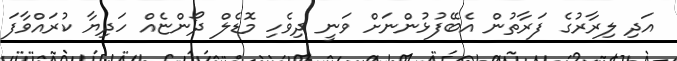
އަދި ލިރާރުގެ ފަރާތުން އެބޭފުޅުންނަށް ވަނީ ދިވެހި މޮޑެލް ދޯންޏެއް ހަދިޔާ ކުރައްވާފަ